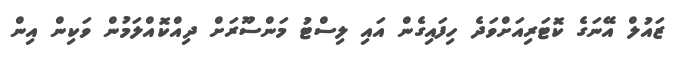
ޒައުލް އޭނަގެ ކޮޓަރިއަށްވަދެ ހިފައިގެން އައި ލިސްޓު މަންސޫރަށް ދިއްކޮއްލަމުން ވަކިން އިން